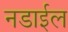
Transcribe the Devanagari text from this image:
नडाईल